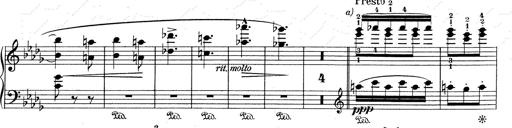
Title: Mephisto Waltz No.1
Composer: Franz Liszt